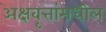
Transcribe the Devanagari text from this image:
अक्षवृत्तांमधील